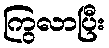
ကြွလာပြီး